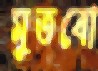
মুতবো